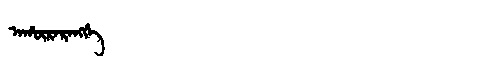
Manchu: ᠠᡥᡡᡵᠠᡵᠠᠩᡤᡝ
Romanization: AHŪRARANGGE